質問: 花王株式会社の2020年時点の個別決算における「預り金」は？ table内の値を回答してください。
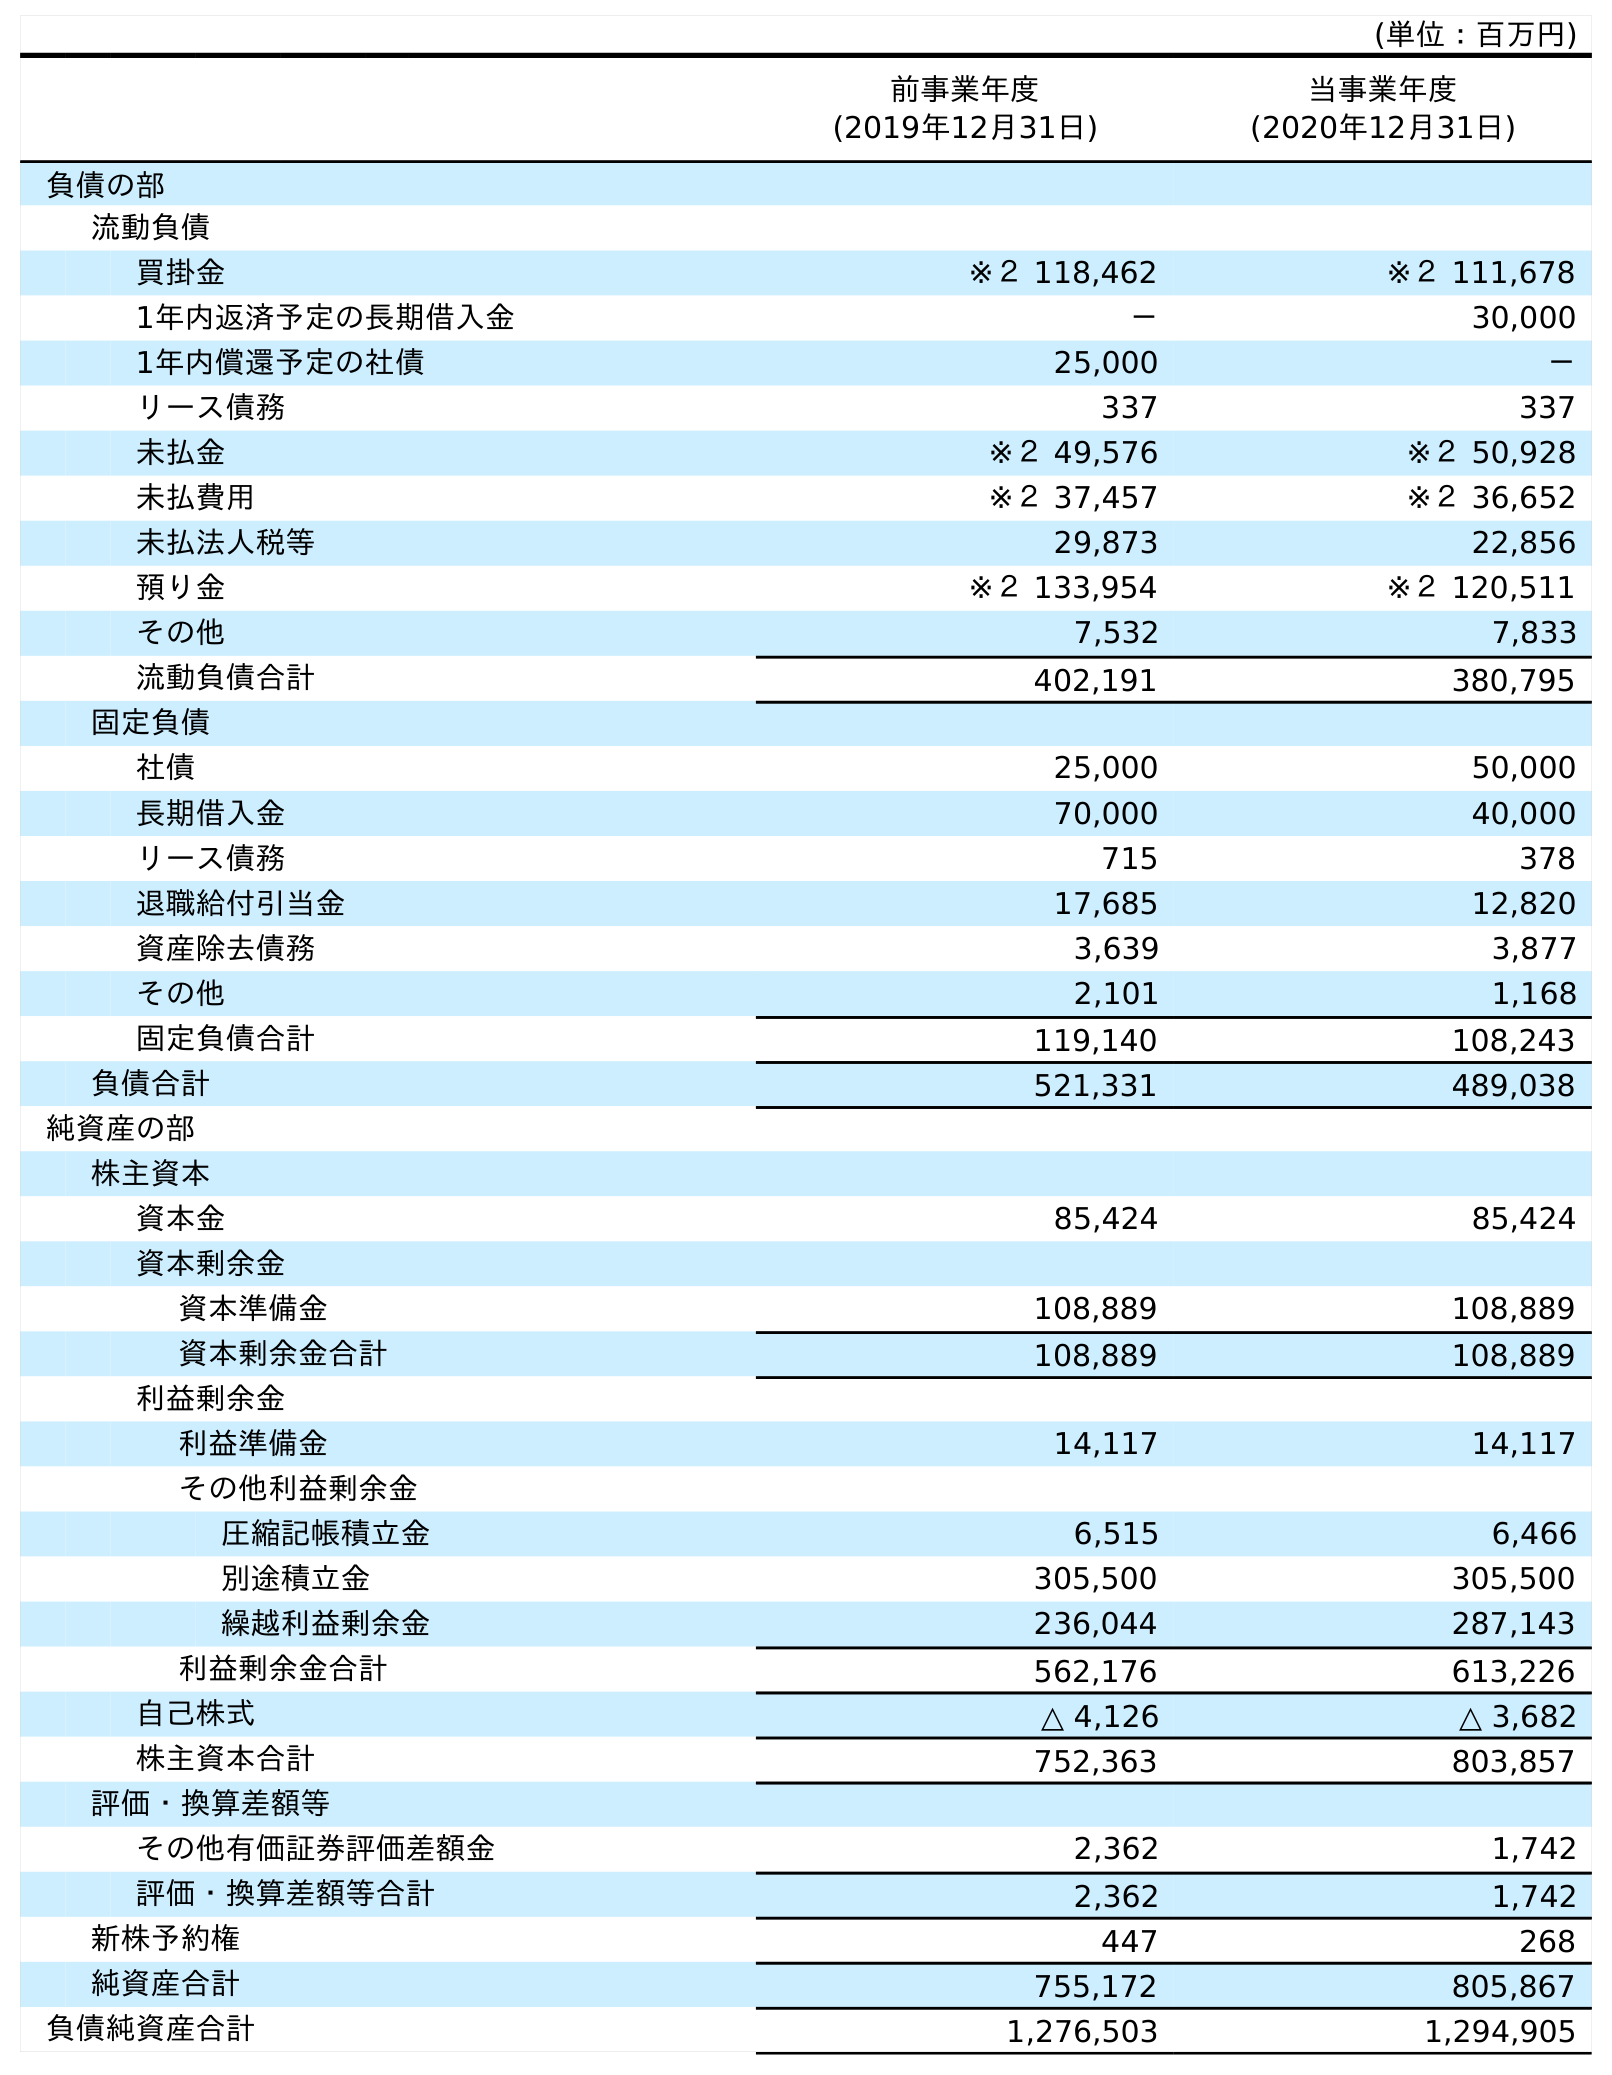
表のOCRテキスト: (単位：百万円) 前事業年度 (2019年12月31日) 当事業年度 (2020年12月31日) 負債の部 流動負債 買掛金 ※２ 118,462 ※２ 111,678 1年内返済予定の長期借入金 － 30,000 1年内償還予定の社債 25,000 － リース債務 337 337 未払金 ※２ 49,576 ※２ 50,928 未払費用 ※２ 37,457 ※２ 36,652 未払法人税等 29,873 22,856 預り金 ※２ 133,954 ※２ 120,511 その他 7,532 7,833 流動負債合計 402,191 380,795 固定負債 社債 25,000 50,000 長期借入金 70,000 40,000 リース債務 715 378 退職給付引当金 17,685 12,820 資産除去債務 3,639 3,877 その他 2,101 1,168 固定負債合計 119,140 108,243 負債合計 521,331 489,038 純資産の部 株主資本 資本金 85,424 85,424 資本剰余金 資本準備金 108,889 108,889 資本剰余金合計 108,889 108,889 利益剰余金 利益準備金 14,117 14,117 その他利益剰余金 圧縮記帳積立金 6,515 6,466 別途積立金 305,500 305,500 繰越利益剰余金 236,044 287,143 利益剰余金合計 562,176 613,226 自己株式 △ 4,126 △ 3,682 株主資本合計 752,363 803,857 評価・換算差額等 その他有価証券評価差額金 2,362 1,742 評価・換算差額等合計 2,362 1,742 新株予約権 447 268 純資産合計 755,172 805,867 負債純資産合計 1,276,503 1,294,905
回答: ※２120,511